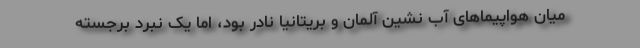
میان هواپیماهای آب نشین آلمان و بریتانیا نادر بود، اما یک نبرد برجسته